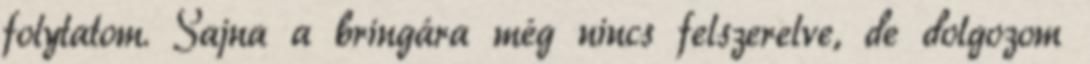
folytatom. Sajna a bringára még nincs felszerelve, de dolgozom